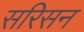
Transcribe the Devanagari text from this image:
सरिसन